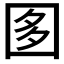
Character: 𡇘